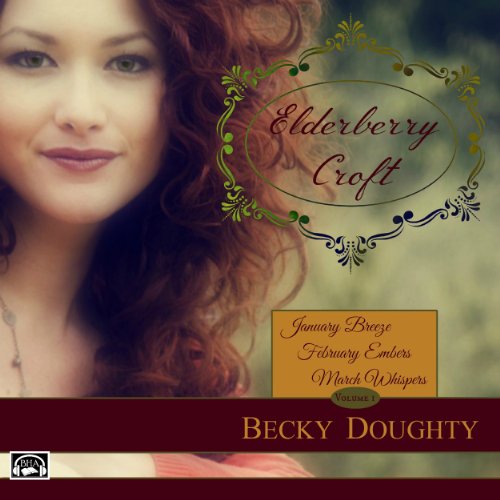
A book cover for Elderberry Croft: Volume 1: January Breeze, February Embers, March Whispers; Becky Doughty; Christian Books & Bibles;